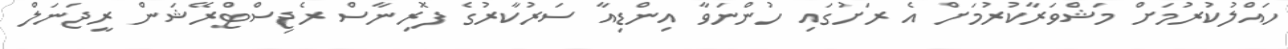
ހައްލުކުރުމަށް މަޝްވަރާކުރުމަށް އެ ރަށުގައި ހުންނަވާ އިންޑިއާ ސަރުކާރުގެ ފޮރިނާސް ރެޖިސްޓްރޭޝަން ރީޖަނަލް